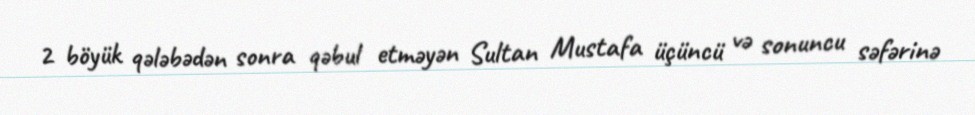
2 böyük qələbədən sonra qəbul etməyən Sultan Mustafa üçüncü və sonuncu səfərinə